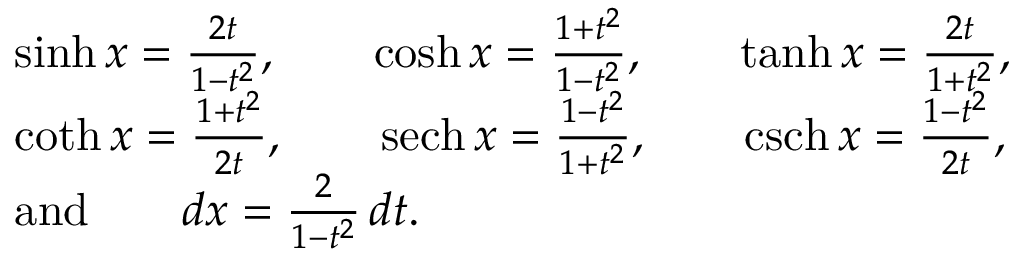
{ \begin{array} { r l } & { \sinh x = { \frac { 2 t } { 1 - t ^ { 2 } } } , \qquad \cosh x = { \frac { 1 + t ^ { 2 } } { 1 - t ^ { 2 } } } , \qquad \operatorname { t a n h } x = { \frac { 2 t } { 1 + t ^ { 2 } } } , } \\ & { \coth x = { \frac { 1 + t ^ { 2 } } { 2 t } } , \qquad \operatorname { s e c h } x = { \frac { 1 - t ^ { 2 } } { 1 + t ^ { 2 } } } , \qquad \operatorname { c s c h } x = { \frac { 1 - t ^ { 2 } } { 2 t } } , } \\ & { { \mathrm { a n d } } \qquad d x = { \frac { 2 } { 1 - t ^ { 2 } } } \, d t . } \end{array} }